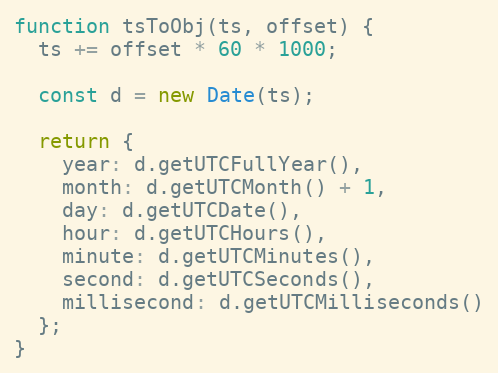
Language: JavaScript
function tsToObj(ts, offset) {
  ts += offset * 60 * 1000;

  const d = new Date(ts);

  return {
    year: d.getUTCFullYear(),
    month: d.getUTCMonth() + 1,
    day: d.getUTCDate(),
    hour: d.getUTCHours(),
    minute: d.getUTCMinutes(),
    second: d.getUTCSeconds(),
    millisecond: d.getUTCMilliseconds()
  };
}